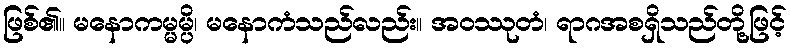
ဖြစ်၏။ မနောကမ္မမ္ပိ၊ မနောကံသည်လည်း။ အဝဿုတံ၊ ရာဂအစရှိသည်တို့ဖြင့်